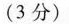
(3分)